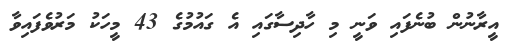
އީރާނުން ބުނެފައި ވަނީ މި ހާދިސާގައި އެ ގައުމުގެ 43 މީހަކު މަރުވެފައިވާ